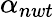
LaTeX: \alpha_{nwt}